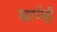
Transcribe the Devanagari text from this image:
खाणेही